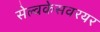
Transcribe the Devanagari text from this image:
सेल्वकेसवरयर